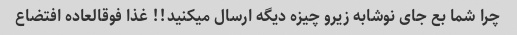
چرا شما بع جای نوشابه زیرو چیزه دیگه ارسال میکنید!! غذا فوقالعاده افتضاع